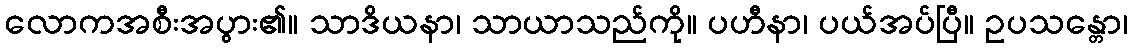
လောကအစီးအပွား၏။ သာဒိယနာ၊ သာယာသည်ကို။ ပဟီနာ၊ ပယ်အပ်ပြီ။ ဥပသန္တော၊